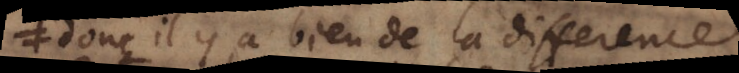
donc il y a bien de difference